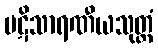
ပဋိသာရဏီယသုတ္တံ